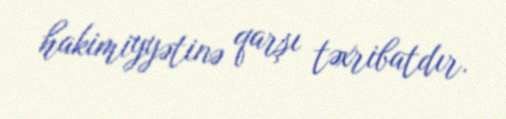
hakimiyyətinə qarşı təxribatdır.